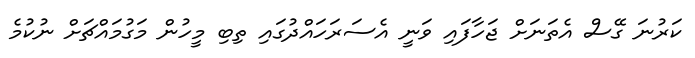
ކަރުނަ ގޭސް އެތަނަށް ޖަހާފައި ވަނީ އެސަރަހައްދުގައި ތިބި މީހުން މަގުމައްޗަށް ނުކުމެ